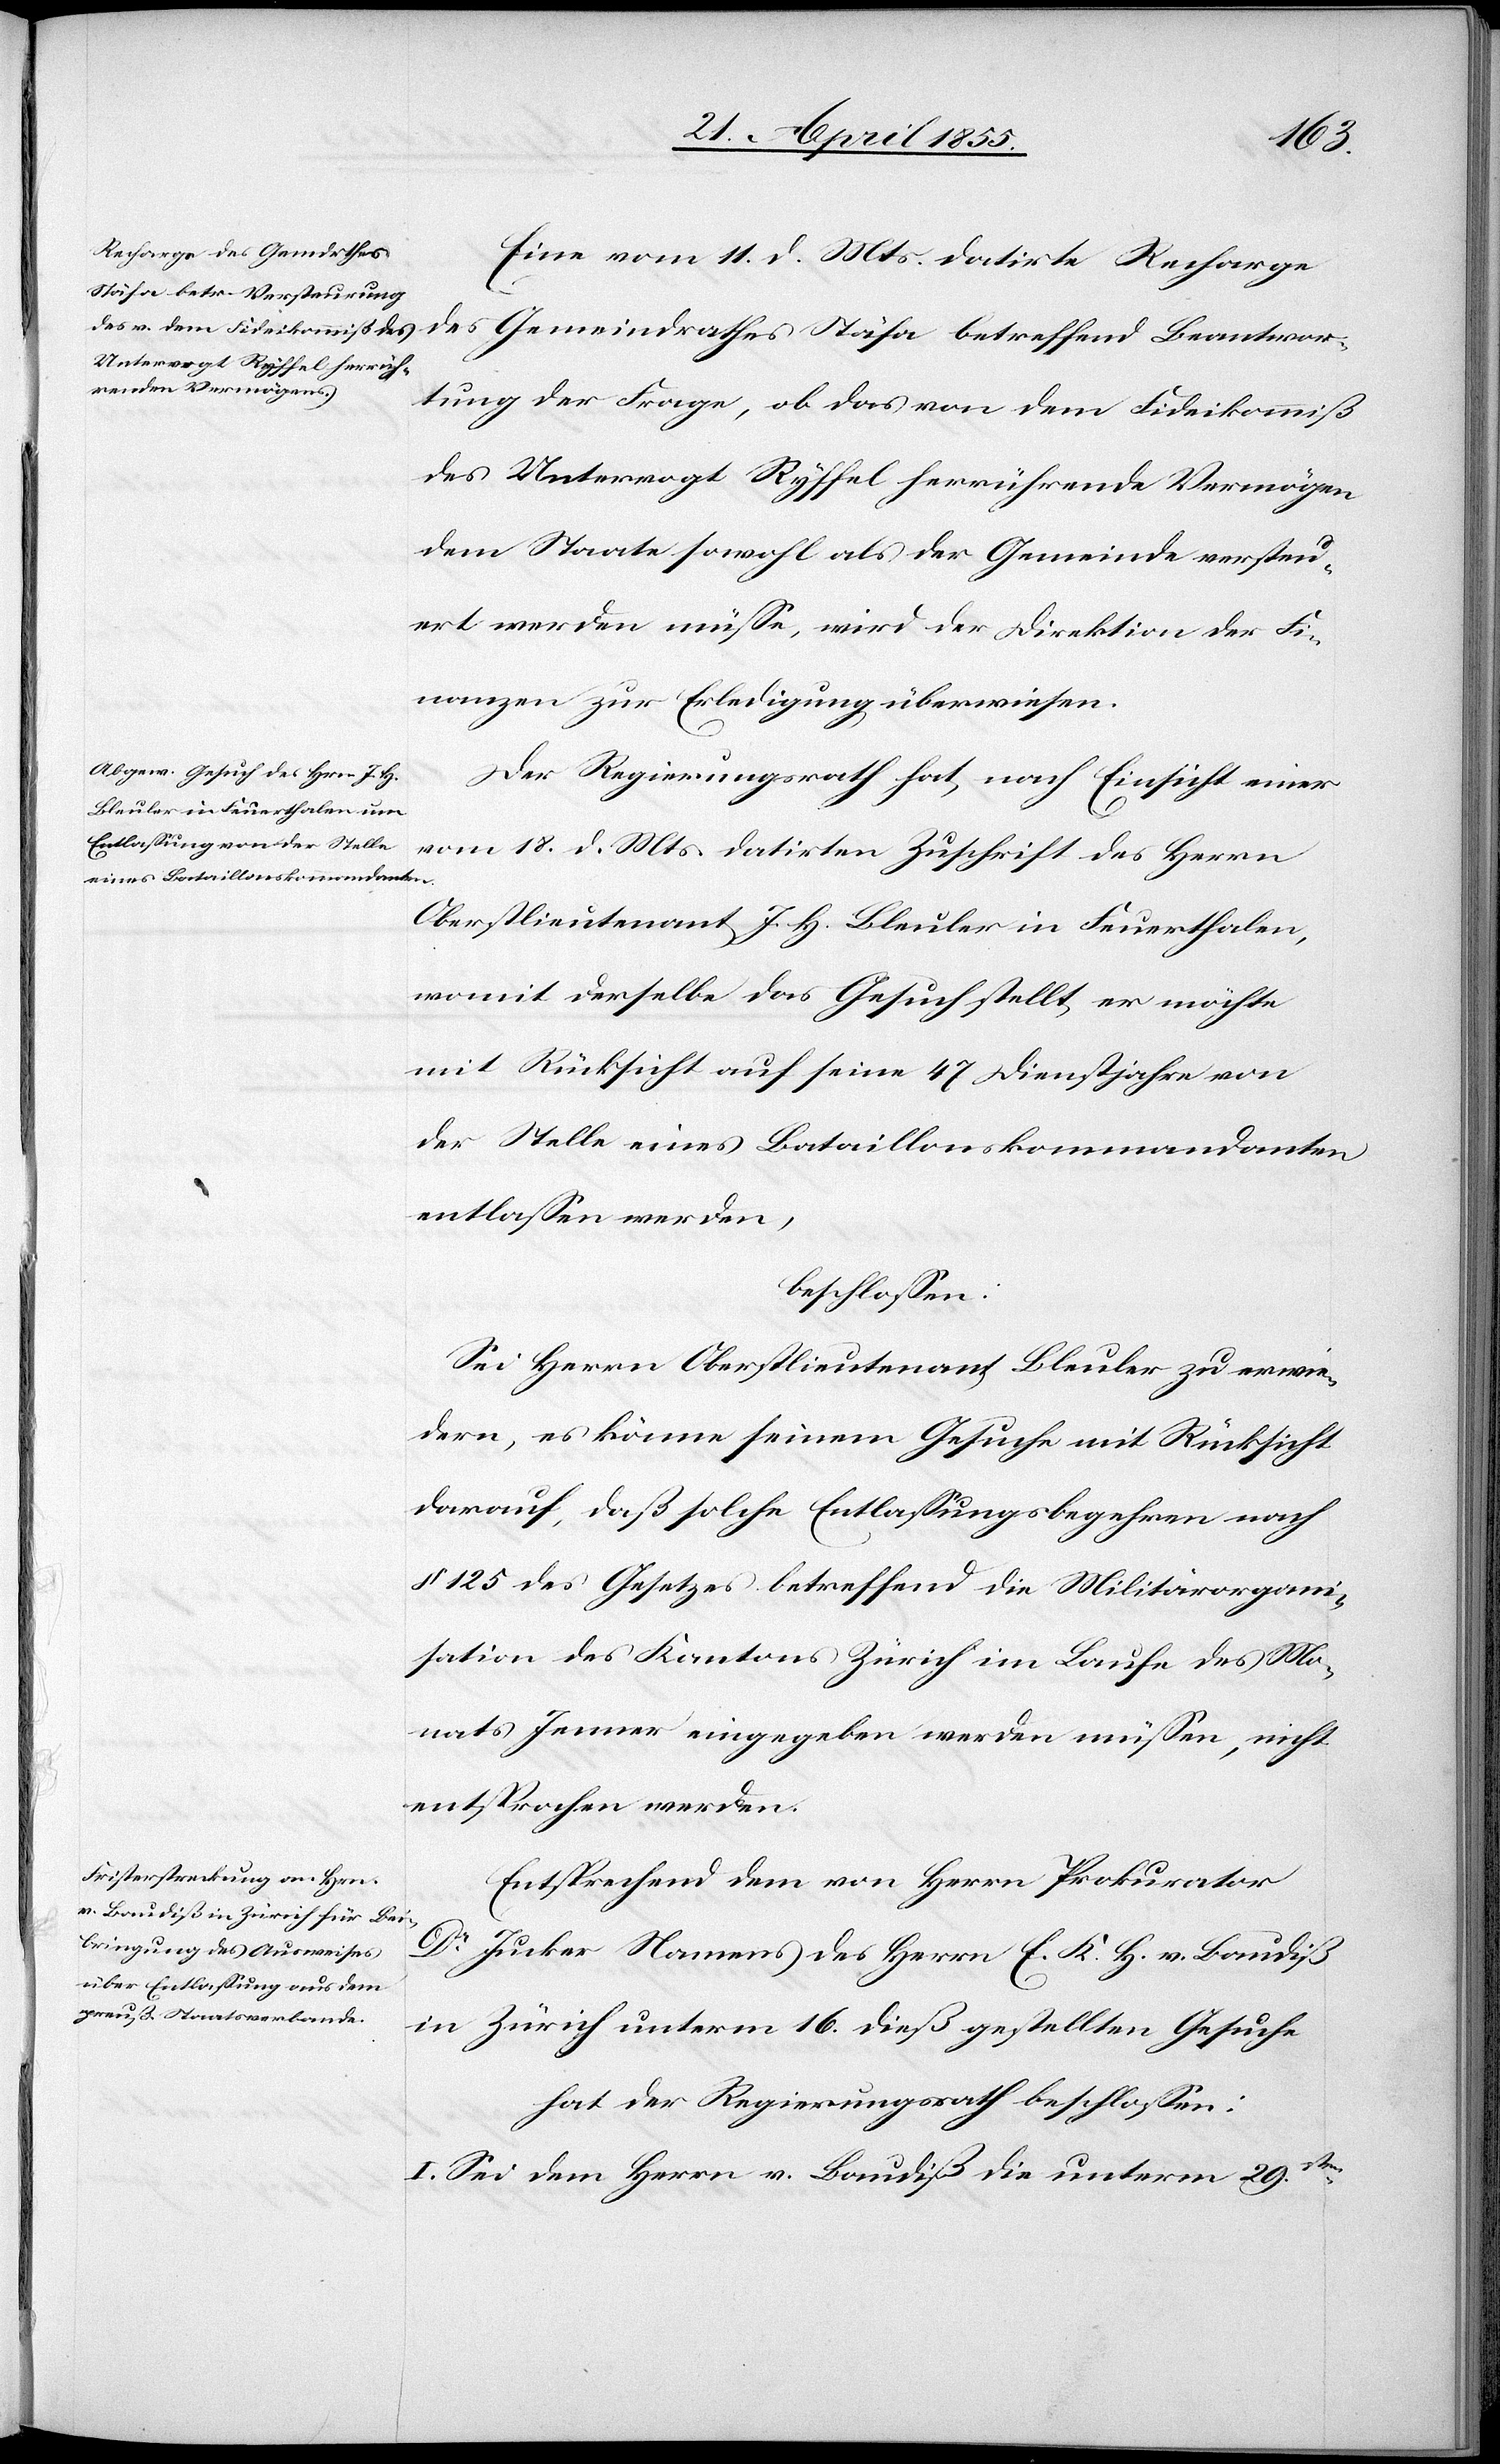
Eine vom 11. d. Mts. datirte Recharge
des Gemeindrathes Stäfa betreffend Beantwor¬
tung der Frage, ob das von dem Fideikommiß
des Untervogt Ryffel herrührende Vermögen
dem Staate sowohl als der Gemeinde versteu¬
ert werden müsse, wird der Direktion der Fi¬
nanzen zur Erledigung überwiesen.
Der Regierungsrath hat, nach Einsicht einer
vom 18. d. Mts. datirten Zuschrift des Herrn
Oberstlieutenant J. H. Bleuler in Feuerthalen,
womit derselbe das Gesuch stellt, er möchte
mit Rücksicht auf seine 47 Dienstjahre von
der Stelle eines Bataillonskommandanten
entlassen werden,
beschlossen:
Sei Herrn Oberstlieutenant Bleuler zu erwie¬
dern, es könne seinem Gesuche mit Rücksicht
darauf, daß solche Entlassungsbegehren nach
§ 125 des Gesetzes betreffend die Militärorgani¬
sation des Kantons Zürich im Laufe des Mo¬
nats Jenner eingegeben werden müssen, nicht
entsprochen werden.
Entsprechend dem von Herrn Prokurator
Dr Jucker Namens des Herrn E. K. H. v. Baudiß
in Zürich unterm 16. dieß gestellten Gesuche
hat der Regierungsrath beschlossen:
I. Sei dem Herrn v. Baudiß die unterm 29sten